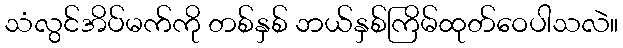
သံလွင်အိပ်မက်ကို တစ်နှစ် ဘယ်နှစ်ကြိမ်ထုတ်ဝေပါသလဲ။